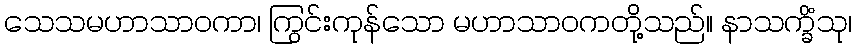
သေသမဟာသာဝကာ၊ ကြွင်းကုန်သော မဟာသာဝကတို့သည်။ နာသက္ခိံသု၊